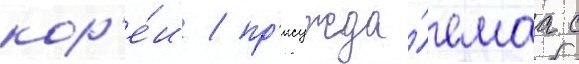
кор'е́и / пр'исужда́емаа с